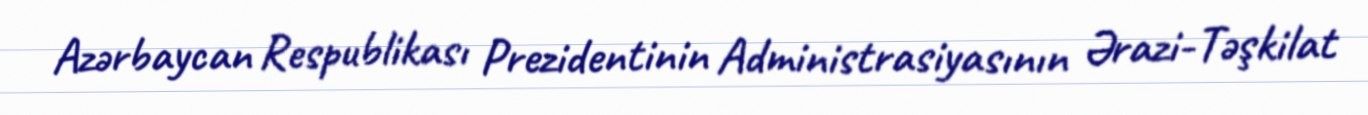
Azərbaycan Respublikası Prezidentinin Administrasiyasının Ərazi-Təşkilat